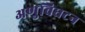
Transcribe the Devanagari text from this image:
अणुविघटन